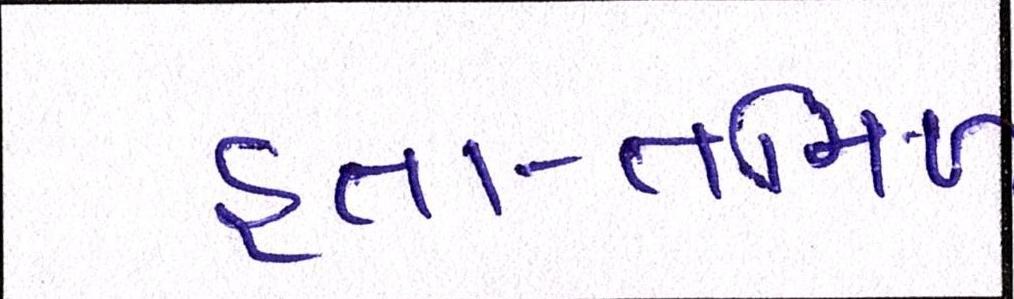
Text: હતા-તમિળ